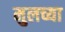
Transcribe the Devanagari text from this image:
मुलच्या